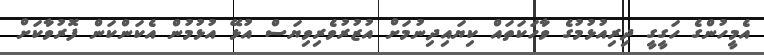
އެމީހުންގެ ހަގީގީ ދިރިއުޅުމުގެ ވާހަކަތައް ކިޔައިދިނުމަށް އުޒުރުވެރިވިޔަސް އުޅޭ އުޅުމުން އެކަންކަން ފޮރުވާކަށް